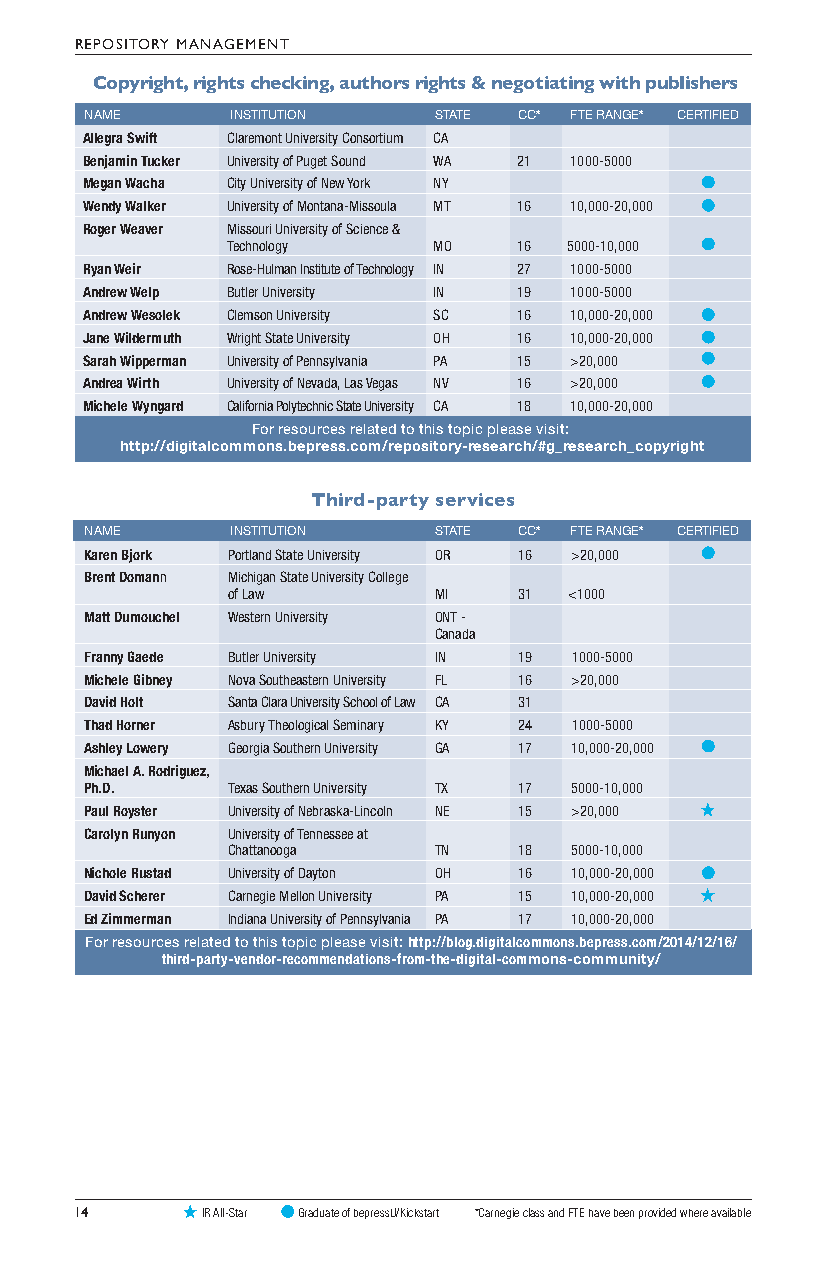
REPOSITORY MANAGEMENT
 Copyright, rights checking, authors rights & negotiating with publishers
 NAME     INSTITUTION   STATE CC* FTE RANGE* CERTIFIED
 Allegra Swift Claremont University Consortium CA
 Benjamin Tucker University of Puget Sound WA 21 1000-5000
 Megan Wacha City University of New York NY
 Wendy Walker University of Montana-Missoula MT 16 10,000-20,000
 Roger Weaver Missouri University of Science &
 Technology    MO   16 5000-10,000
 Ryan Weir Rose-Hulman Institute of Technology IN 27 1000-5000
 Andrew Welp Butler University IN 19 1000-5000
 Andrew Wesolek Clemson University SC 16 10,000-20,000
 Jane Wildermuth Wright State University OH 16 10,000-20,000
 Sarah Wipperman University of Pennsylvania PA 15 >20,000
 Andrea Wirth University of Nevada, Las Vegas NV 16 >20,000
 Michele Wyngard California Polytechnic State University CA 18 10,000-20,000
 For resources related to this topic please visit:
 http://digitalcommons.bepress.com/repository-research/#g_research_copyright
 Third-party services
 NAME     INSTITUTION   STATE CC* FTE RANGE* CERTIFIED
 Karen Bjork Portland State University OR 16 >20,000
 Brent Domann Michigan State University College
 of Law        MI   31  <1000
 Matt Dumouchel Western University ONT -
 Canada
 Franny Gaede Butler University IN 19 1000-5000
 Michele Gibney Nova Southeastern University FL 16 >20,000
 David Holt Santa Clara University School of Law CA 31
 Thad Horner Asbury Theological Seminary KY 24 1000-5000
 Ashley Lowery Georgia Southern University GA 17 10,000-20,000
 Michael A. Rodriguez,
 Ph.D.    Texas Southern University TX 17 5000-10,000
 Paul Royster University of Nebraska-Lincoln NE 15 >20,000
 Carolyn Runyon University of Tennessee at
 Chattanooga   TN   18  5000-10,000
 Nichole Rustad University of Dayton OH 16 10,000-20,000
 David Scherer Carnegie Mellon University PA 15 10,000-20,000
 Ed Zimmerman Indiana University of Pennsylvania PA 17 10,000-20,000
 For resources related to this topic please visit: http://blog.digitalcommons.bepress.com/2014/12/16/
 third-party-vendor-recommendations-from-the-digital-commons-community/
 14      IR All-Star Graduate of bepressU/Kickstart *Carnegie class and FTE have been provided where available